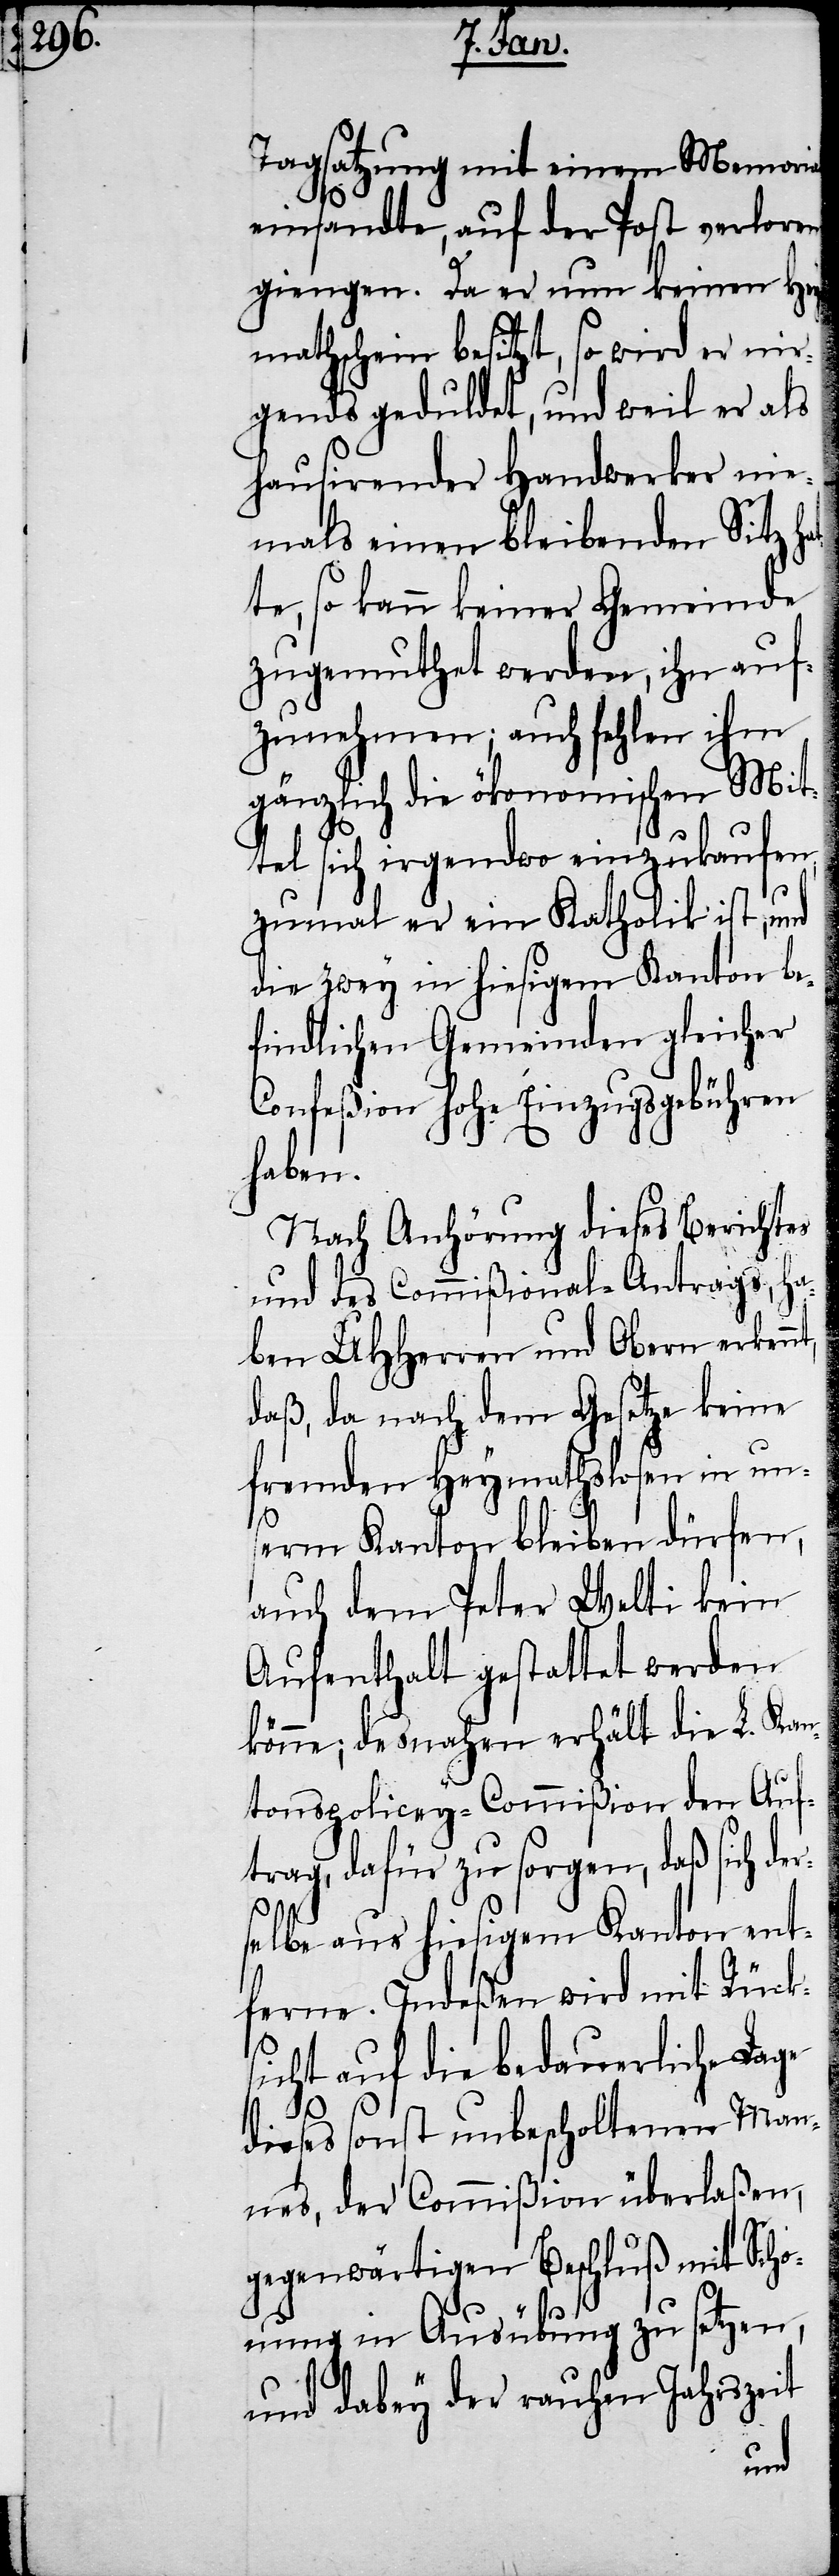
Tagsatzung mit einem Memorial
einsandte, auf der Post verloren
giengen. Da er nun keinen Hey¬
mathschein besitzt, so wird er nir¬
gends geduldet, und weil er als
hausirender Handwerker nie¬
mals einen bleibenden Sitz ha¬
te, so kann keiner Gemeinde
zugemuthet werden, ihn auf¬
zunehmen; auch fehlen ihm
gänzlich die ökonomischen Mit¬
tel sich irgendwo einzukaufen,
zumal er ein Katholik ist, und
die zwey in hiesigem Kanton be¬
findlichen Gemeinden gleicher
Confeßion hohe Einzugsgebühren
haben.
Nach Anhörung dieses Berichtes
und des Comißional-Antrags, ha¬
ben UHHerren und Obern erkennt,
daß, da nach dem Gesetze keine
fremden Heymathslosen in un¬
r¬
erm Kanton bleiben dürfen,
auch dem Peter Welti kein
Aufenthalt gestattet werden
könne; desnahen erhält die L. Kan¬
tonspolicey-Commißion den Auf¬
trag, dafür zu sorgen, daß sich de¬
selbe aus hiesigem Kanton ent¬
ferne. Indeßen wird mit Rück¬
sicht auf die bedauerliche Lage
dieses sonst unbescholtenen Man¬
nes, der Commißion überlaßen,
gegenwärtigen Beschluß mit Scho¬
nung in Ausübung zu setzen,
und dabey der rauhen Jahrszeit